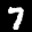
Label: 7